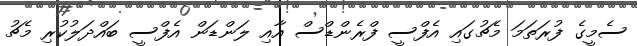
ސެމީގެ ފުރަތަމަ މެޗުގައި އެފްސީ ފްރެންޑްސް އާއި ލަންޑަން އެފްސީ ބައްދަލުކުރި މެޗު